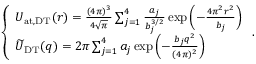
\begin{array} { r } { \left\{ \begin{array} { l l } { U _ { \mathrm { a t , D T } } ( r ) = { \frac { ( 4 \pi ) ^ { 3 } } { 4 \sqrt { \pi } } } \sum _ { j = 1 } ^ { 4 } { \frac { a _ { j } } { b _ { j } ^ { 3 / 2 } } } \exp \left( - { \frac { 4 \pi ^ { 2 } r ^ { 2 } } { b _ { j } } } \right) } \\ { \widetilde { U } _ { \mathrm { D T } } ( q ) = 2 \pi \sum _ { j = 1 } ^ { 4 } a _ { j } \exp \left( - { \frac { b _ { j } q ^ { 2 } } { ( 4 \pi ) ^ { 2 } } } \right) } \end{array} \right. . } \end{array}